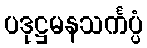
ပဒုဋ္ဌမနသင်္ကပ္ပံ